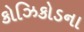
કોઝિકોડના